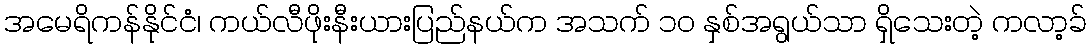
အမေရိကန်နိုင်ငံ၊ ကယ်လီဖိုးနီးယားပြည်နယ်က အသက် ၁၀ နှစ်အရွယ်သာ ရှိသေးတဲ့ ကလာ့ခ်